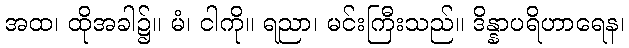
အထ၊ ထိုအခါ၌။ မံ၊ ငါကို။ ရညာ၊ မင်းကြီးသည်။ ဒိန္နာပရိဟာရေန၊